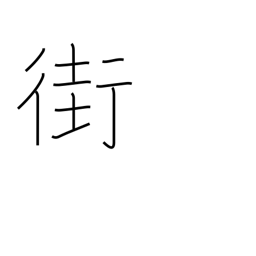
Meaning: street